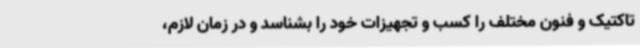
تاکتیک و فنون مختلف را کسب و تجهیزات خود را بشناسد و در زمان لازم،